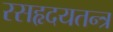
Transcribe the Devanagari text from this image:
रसहृदयतन्त्र